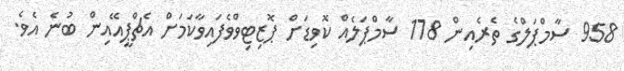
958 ސާމްޕަލްގެ ތެރެއިން 178 ސާމްޕަލެއް ކޮވިޑަށް ޕޮޒިޓިވްވެފައިވާކަމަށް އެޗްޕީއޭއިން ބުނެ އެވެ.